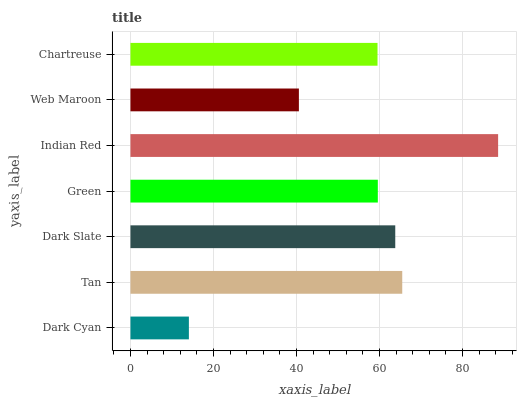
| yaxis_label | bars |
 | --- | --- |
 | Dark Cyan | 14.1 |
 | Tan | 65.5 |
 | Dark Slate | 63.8 |
 | Green | 59.6 |
 | Indian Red | 88.6 |
 | Web Maroon | 40.6 |
 | Chartreuse | 59.5 |